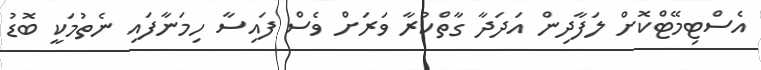
އެސްޓިމޭޓްކޮށް ލަފާދިން އަދަދާ ގާތްކުރާ ވަރަށް ވެސް ފައިސާ ހިމަނާފައި ނެތުމަކީ ބޮޑު